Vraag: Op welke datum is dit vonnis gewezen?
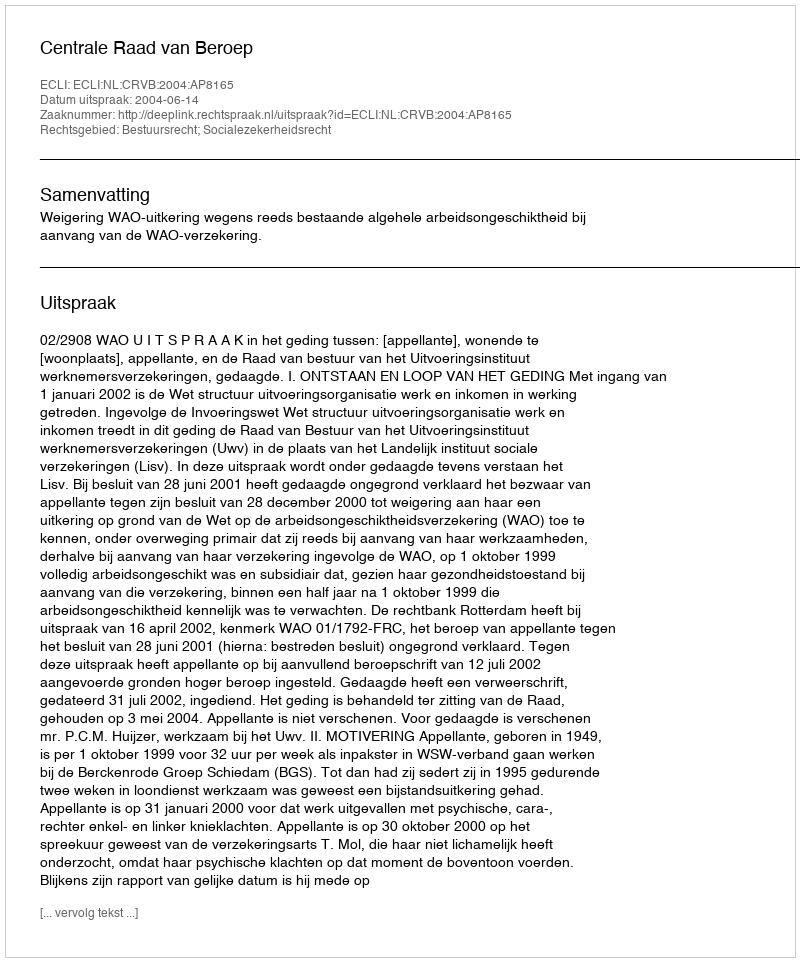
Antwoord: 2004-06-14